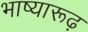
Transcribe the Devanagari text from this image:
भाष्यारूढ़